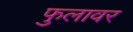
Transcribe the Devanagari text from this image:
फुलावर